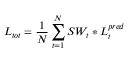
L _ { t o t } = \frac { 1 } { N } \sum _ { t = 1 } ^ { N } S W _ { t } * L _ { t } ^ { p r e d }